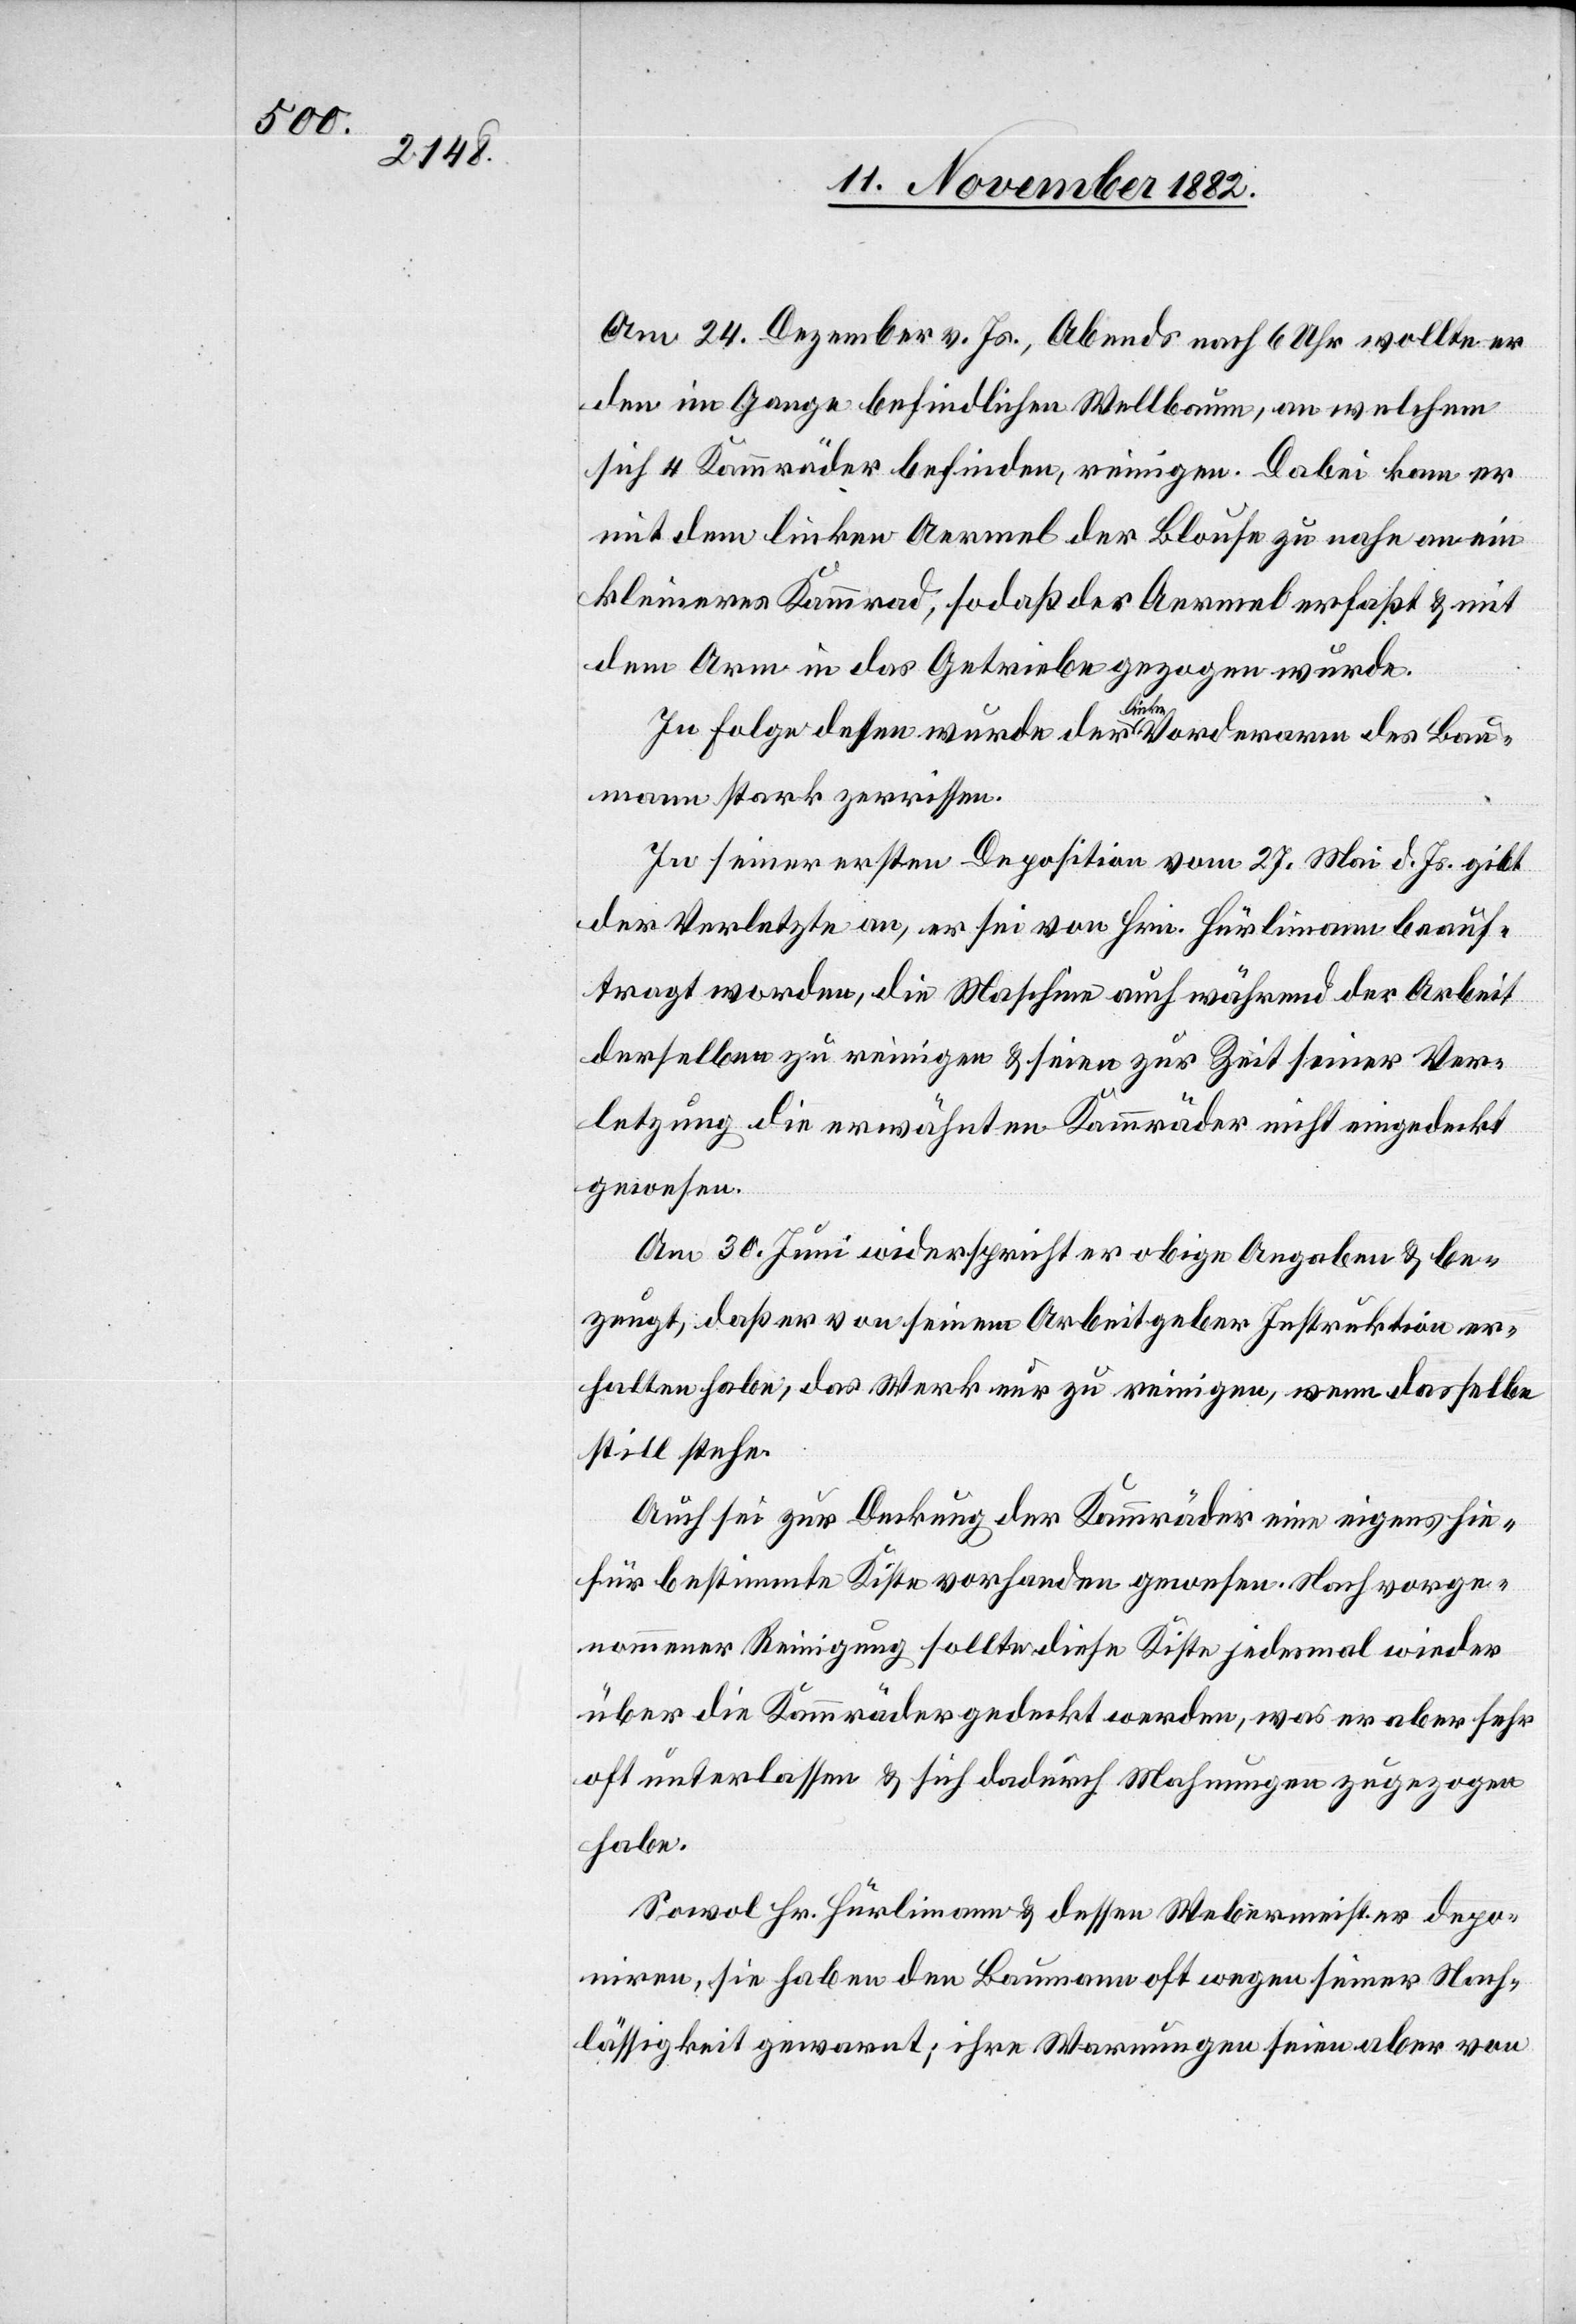
Am 24. Dezember vor. Js., Abends nach 6 Uhr wollte er
den im Gange befindlichen Wellbaum, an welchem
sich 4 Kammräder befinden, reinigen. Dabei kam er
mit dem linken Aermel der Bluse zu nahe an ein
kleineres Kammrad, sodaß der Aermel erfaßt & mit
dem Arm in das Getriebe gezogen wurde.
In Folge dessen wurde der linke Vorderarm des Bau¬
mann stark zerrissen.
In seiner ersten Deposition vom 27. Mai d. Js. gibt
der Verletzte an, er sei von Hrn. Hürlimann beauf¬
tragt worden, die Maschine auch während der Arbeit
derselben zu reinigen & seien zur Zeit seiner Ver¬
letzung die erwähnten Kammräder nicht eingedeckt
gewesen.
Am 30. Juni widerspricht er obige Angaben & be¬
zeugt, daß er von seinem Arbeitgeber Instruktion er¬
halten habe, das Werk nur zu reinigen, wenn dasselbe
still stehe.
Auch sei zur Deckung der Kammräder eine eigens hie¬
für bestimmte Kiste vorhanden gewesen. Nach vorge¬
nommener Reinigung sollte diese Kiste jedesmal wieder
über die Kammräder gedeckt werden, was er aber sehr
oft unterlassen & sich dadurch Mahnungen zugezogen
habe.
Sowol Hr. Hürlimann & dessen Webermeister depo¬
niren, sie haben den Baumann oft wegen seiner Nach¬
lässigkeit gewarnt; ihre Warnungen seien aber von